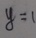
y = 1